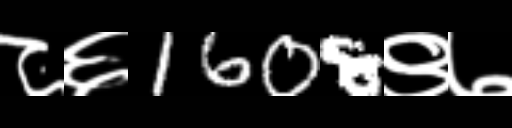
Text: ८६1608९७